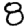
Digit: 8